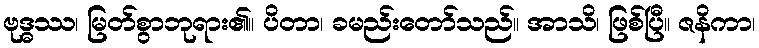
ဗုဒ္ဓဿ၊ မြတ်စွာဘုရား၏။ ပိတာ၊ ခမည်းတော်သည်။ အာသိ၊ ဖြစ်ပြီ။ ဇနိကာ၊